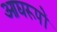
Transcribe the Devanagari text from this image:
आद्यरूपों